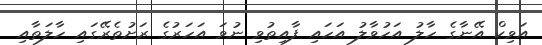
އަވިކް އޭނާގެ ހާލު އަހުވާލު އަހައި ފާއިތުވި ނުވަ އަހަރުގެ ރަށުތެރޭގައި ހާލަތާއި